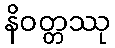
နိဝတ္တဿု